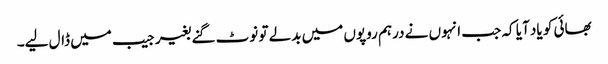
بھائی کو یاد آیا کہ جب انہوں نے درہم روپوں میں بدلے تو نوٹ گنے بغیر جیب میں ڈال لیے۔